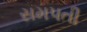
સમપતી